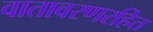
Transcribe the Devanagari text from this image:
वातावरणरहित